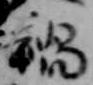
禍